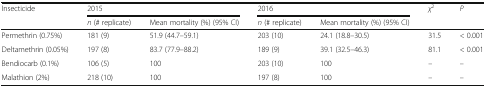
| <ROWSPAN=2> Insecticide | <COLSPAN=2> 2015 | <COLSPAN=2> 2016 | <ROWSPAN=2> χ2 | <ROWSPAN=2> P |
 | n (# replicate) | Mean mortality (%) (95% CI) | n (# replicate) | Mean mortality (%) (95% CI) |
 | --- | --- | --- | --- | --- | --- | --- |
 | Permethrin (0.75%) | 181 (9) | 51.9 (44.7–59.1) | 203 (10) | 24.1 (18.8–30.5) | 31.5 | < 0.001 |
 | Deltamethrin (0.05%) | 197 (8) | 83.7 (77.9–88.2) | 189 (9) | 39.1 (32.5–46.3) | 81.1 | < 0.001 |
 | Bendiocarb (0.1%) | 106 (5) | 100 | 203 (10) | 100 | – | – |
 | Malathion (2%) | 218 (10) | 100 | 197 (8) | 100 | – | – |